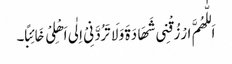
اَللّٰھُمَّ ارْزُقْنِی شَھَادَۃَ وَلَا تَرُدَّنِیْ اِلٰی اَھْلِیْ خَائِبًا۔